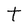
Character: t